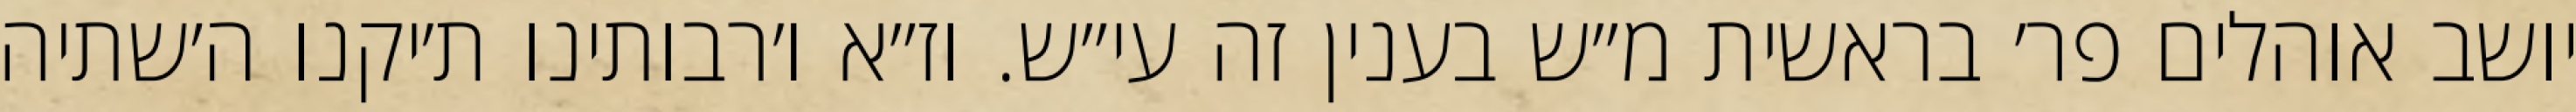
יושב אוהלים פר׳ בראשית מ״ש בענין זה עי״ש. וז״א ו׳רבותינו ת׳יקנו ה׳שתיה